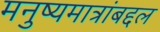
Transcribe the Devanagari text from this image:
मनुष्यमात्रांबद्दल